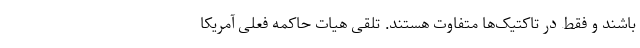
باشند و فقط در تاکتیک‌ها متفاوت هستند. تلقی هیات حاکمه فعلی آمریکا